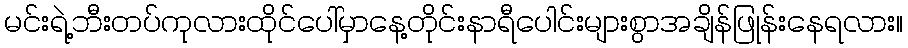
မင်းရဲ့ဘီးတပ်ကုလားထိုင်ပေါ်မှာနေ့တိုင်းနာရီပေါင်းများစွာအချိန်ဖြုန်းနေရလား။